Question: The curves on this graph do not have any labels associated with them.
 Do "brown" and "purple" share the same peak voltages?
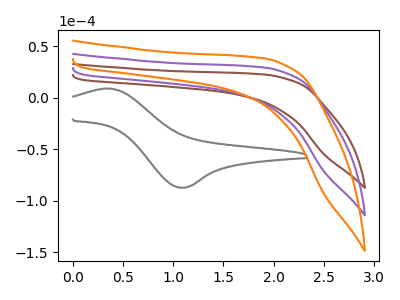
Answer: <think>The brown curve "brown" has no peaks. The gray curve "gray" has an anodic peak at (0.35V, 8.80uA) and a cathodic peak at (1.10V, -87.50uA). The purple curve "purple" has no peaks. The orange curve "orange" has no peaks.</think>
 <answer>Niether CV has any peaks.</answer>
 <eval>blanks</eval>